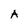
Character: A